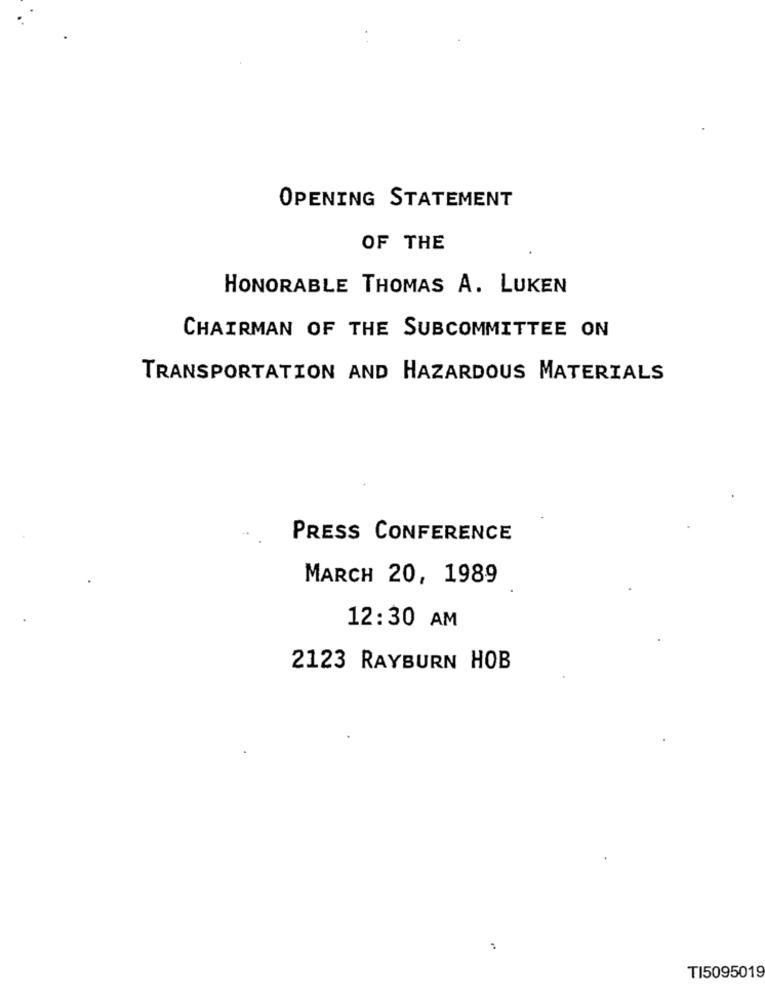
OPENING STATEMENT
OF THE
HONORABLE THOMAS A. LUKEN
CHAIRMAN OF THE SUBCOMMITTEE ON
TRANSPORTATION AND HAZARDOUS MATERIALS
PRESS CONFERENCE
MARCH 20, 1989
12:30 AM
2123 RAYBURN HOB
TI5095019